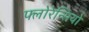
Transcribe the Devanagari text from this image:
फ्लोरेन्सियो